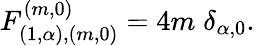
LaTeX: F_{(1,\alpha),(m,0)}^{(m,0)}=4m\; \delta_{\alpha,0}.